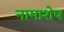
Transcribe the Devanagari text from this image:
नामाशेष